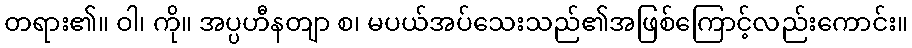
တရား၏။ ဝါ၊ ကို။ အပ္ပဟီနတျာ စ၊ မပယ်အပ်သေးသည်၏အဖြစ်ကြောင့်လည်းကောင်း။